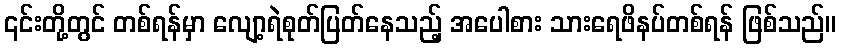
၎င်းတို့တွင် တစ်ရန်မှာ လျော့ရဲစုတ်ပြတ်နေသည့် အပေါစား သားရေဖိနပ်တစ်ရန် ဖြစ်သည်။